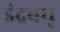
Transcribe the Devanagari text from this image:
इंद्रबधू